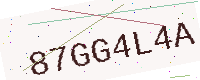
Text: 87GG4L4A